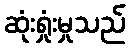
ဆုံးရှုံးမှုသည်